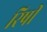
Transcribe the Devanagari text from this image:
रिषी